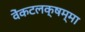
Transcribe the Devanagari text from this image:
वेंकटलक्षम्मा